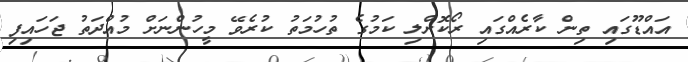
އައްޑޫގައި ތިން ކާރެއްގައި ރޯކޮށްލި ކަމުގެ ތުހުމަތު ކުރެވޭ މީހުންނަށް މުއްދަތު ޖަހައިފި